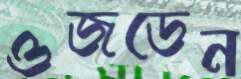
ওজডেন